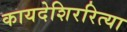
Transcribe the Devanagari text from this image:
कायदेशिररित्या